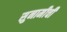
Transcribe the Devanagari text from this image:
सुनामीची